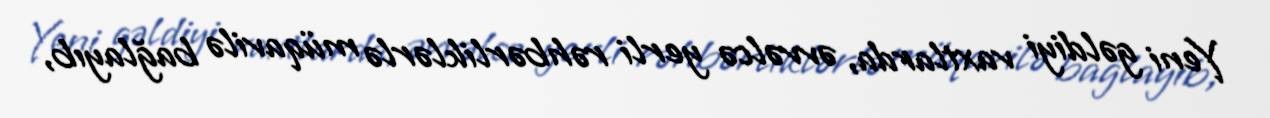
Yeni gəldiyi vaxtlarda, əvvəlcə yerli rəhbərliklərlə müqavilə bağlayıb,